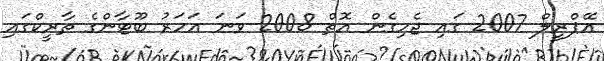
އޭޕްރީލް 2007 ގައި ޖެހިގެން އޮތް 2008 ވަނަ އަހަރު ބޫޓާންގެ ތާރީކްގައި